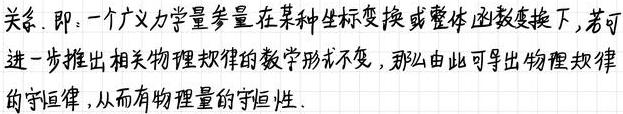
关系. 即: 一个广义力学量参量在某种坐标变换或整体函数变换下, 若可进一步推出相关物理规律的数学形式不变, 那么由此可导出物理规律的守恒律, 从而有物理量的守恒性.